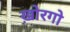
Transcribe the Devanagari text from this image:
ख़ोरगो